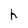
Character: h